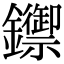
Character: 𨯣